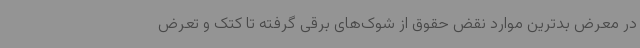
در معرض بدترین موارد نقض حقوق از شوک‌های برقی گرفته تا کتک و تعرض